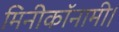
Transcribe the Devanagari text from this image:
मिनीकॉनामी।